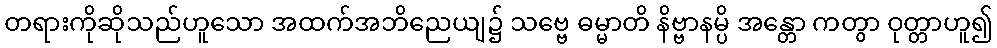
တရားကိုဆိုသည်ဟူသော အထက်အဘိညေယျ၌ သဗ္ဗေ ဓမ္မာတိ နိဗ္ဗာနမ္ပိ အန္တော ကတွာ ဝုတ္တာဟူ၍